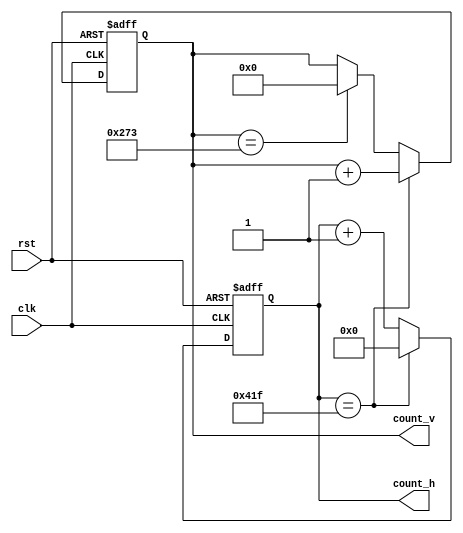
module vga_setup
   (
    input clk,
	 input rst,
	 output [10:0]count_h,
	 output [ 9:0]count_v
    );
	 
reg [10:0] count_h;// count for the horizotal sync
reg [9:0]  count_v;  //count for the vertical sync

always@(posedge clk or posedge rst)
	if(rst)
		count_h <= 11'd0;
   else if(count_h == 11'd1055)
      count_h <= 11'd0;	
	else 
		count_h <= count_h + 11'd1;
		
always@(posedge clk or posedge rst)
	if(rst)
		count_v <= 10'd0;
	else if (count_h == 11'd1055) 
		count_v <= count_v + 10'd1;
	else if (count_v == 10'd627)
		count_v <= 10'd0;
   else 
	   count_v <= count_v;

endmodule